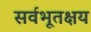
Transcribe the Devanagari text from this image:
सर्वभूतक्षय